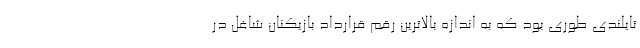
تایلندی طوری بود که به اندازه بالاترین رقم قرارداد بازیکنان شاغل در